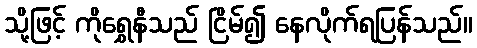
သို့ဖြင့် ကိုရွှေနီသည် ငြိမ်၍ နေလိုက်ရပြန်သည်။